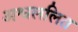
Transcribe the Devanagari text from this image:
अश्वललित